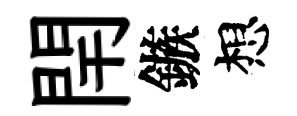
閈鏃想